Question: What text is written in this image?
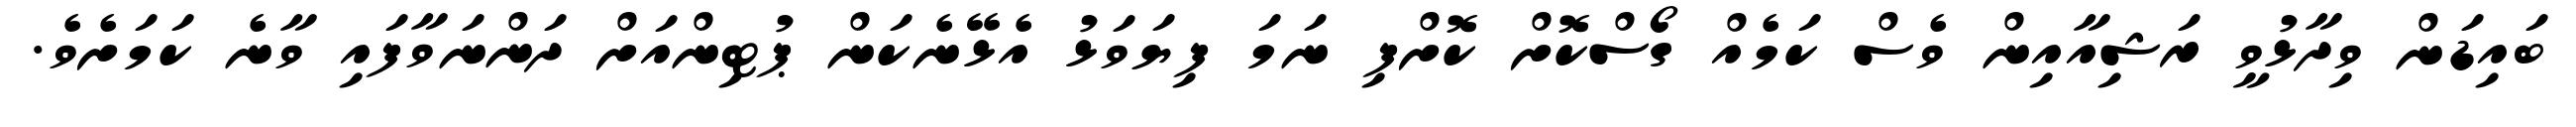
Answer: ބައިޑަން ވިދާޅުވީ ރަޝިއާއިން ވެސް ކަމެއް ގޯސްކޮށް ކޮށްފި ނަމަ ފިޔަވަޅު އެޅޭނެކަން ޕުޓިންއަށް ދަންނަވާފައި ވާނެ ކަމަށެވެ.